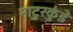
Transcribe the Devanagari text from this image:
नाटुरकुंडे